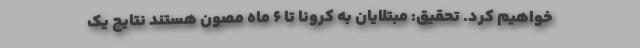
خواهیم کرد. تحقیق: مبتلایان به کرونا تا ۶ ماه مصون هستند نتایج یک